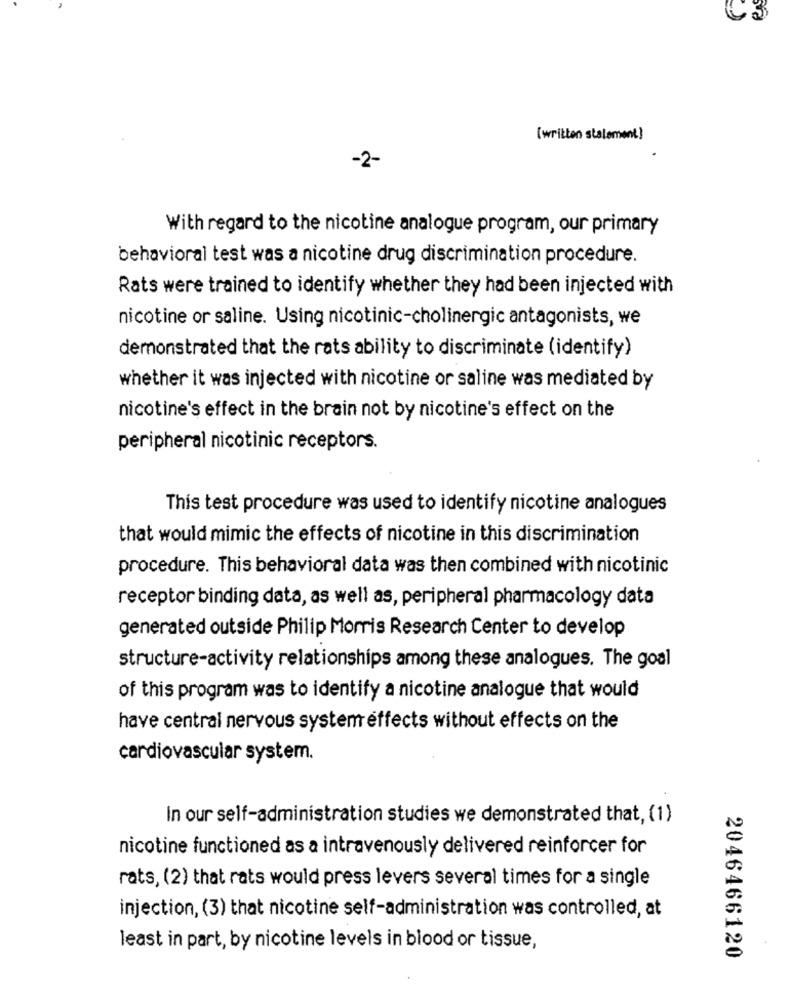
[written statement]
-2-
With regard to the nicotine analogue program, our primary
behavioral test was a nicotine drug discrimination procedure.
Rats were trained to identify whether they had been injected with
nicotine or saline. Using nicotinic-cholinergic antagonists, we
demonstrated that the rats ability to discriminate (identify)
whether it was injected with nicotine or saline was mediated by
nicotine's effect in the brain not by nicotine's effect on the
peripheral nicotinic receptors.
This test procedure was used to identify nicotine analogues
that would mimic the effects of nicotine in this discrimination
procedure. This behavioral data was then combined with nicotinic
receptor binding data, as well as, peripheral pharmacology data
generated outside Philip Morris Research Center to develop
structure-activity relationships among these analogues. The goal
of this program was to identify a nicotine analogue that would
have central nervous system effects without effects on the
cardiovascular system.
In our self-administration studies we demonstrated that, (1)
nicotine functioned as a intravenously delivered reinforcer for
rats, (2) that rats would press levers several times for a single
injection, (3) that nicotine self-administration was controlled, at
least in part, by nicotine levels in blood or tissue,
2046466120